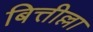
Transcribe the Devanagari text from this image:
बित्तील्ला